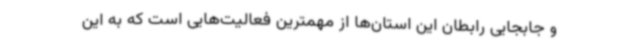
و جابجایی رابطان این استان‌ها از مهمترین فعالیت‌هایی است که به این